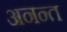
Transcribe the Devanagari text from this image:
अनन्‍त